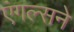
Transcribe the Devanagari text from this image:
एंगल्सने